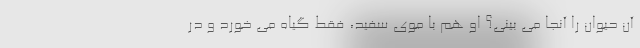
آن حیوان را آنجا می بینی؟ او هم با موی سفید، فقط گیاه می خورد و در